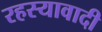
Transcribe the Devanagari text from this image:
रहस्यावादी